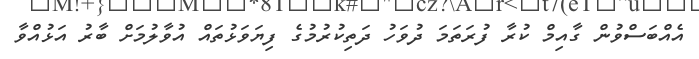
އެއްބަސްވުން ގާއިމް ކުރާ ފުރަތަމަ ދުވަހު ދަތިކުރުމުގެ ފިޔަވަޅުތައް އުވާލުމަށް ބާރު އަޅުއްވާ